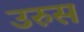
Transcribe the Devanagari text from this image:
उरुस